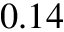
0 . 1 4